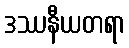
ဒဿနီယတရာ